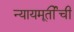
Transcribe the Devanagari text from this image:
न्यायमूर्तीची